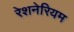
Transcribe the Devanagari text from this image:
रेशनेरियम